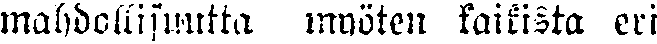
mahdollisuutta myöten kaikista eri